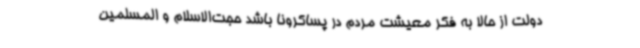
دولت از حالا به فکر معیشت مردم در پساکرونا باشد حجت‌الاسلام و المسلمین